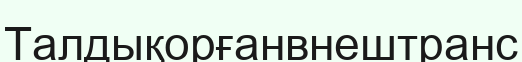
Талдықорғанвнештранс